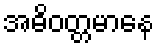
အဓိဝတ္တမာနေ